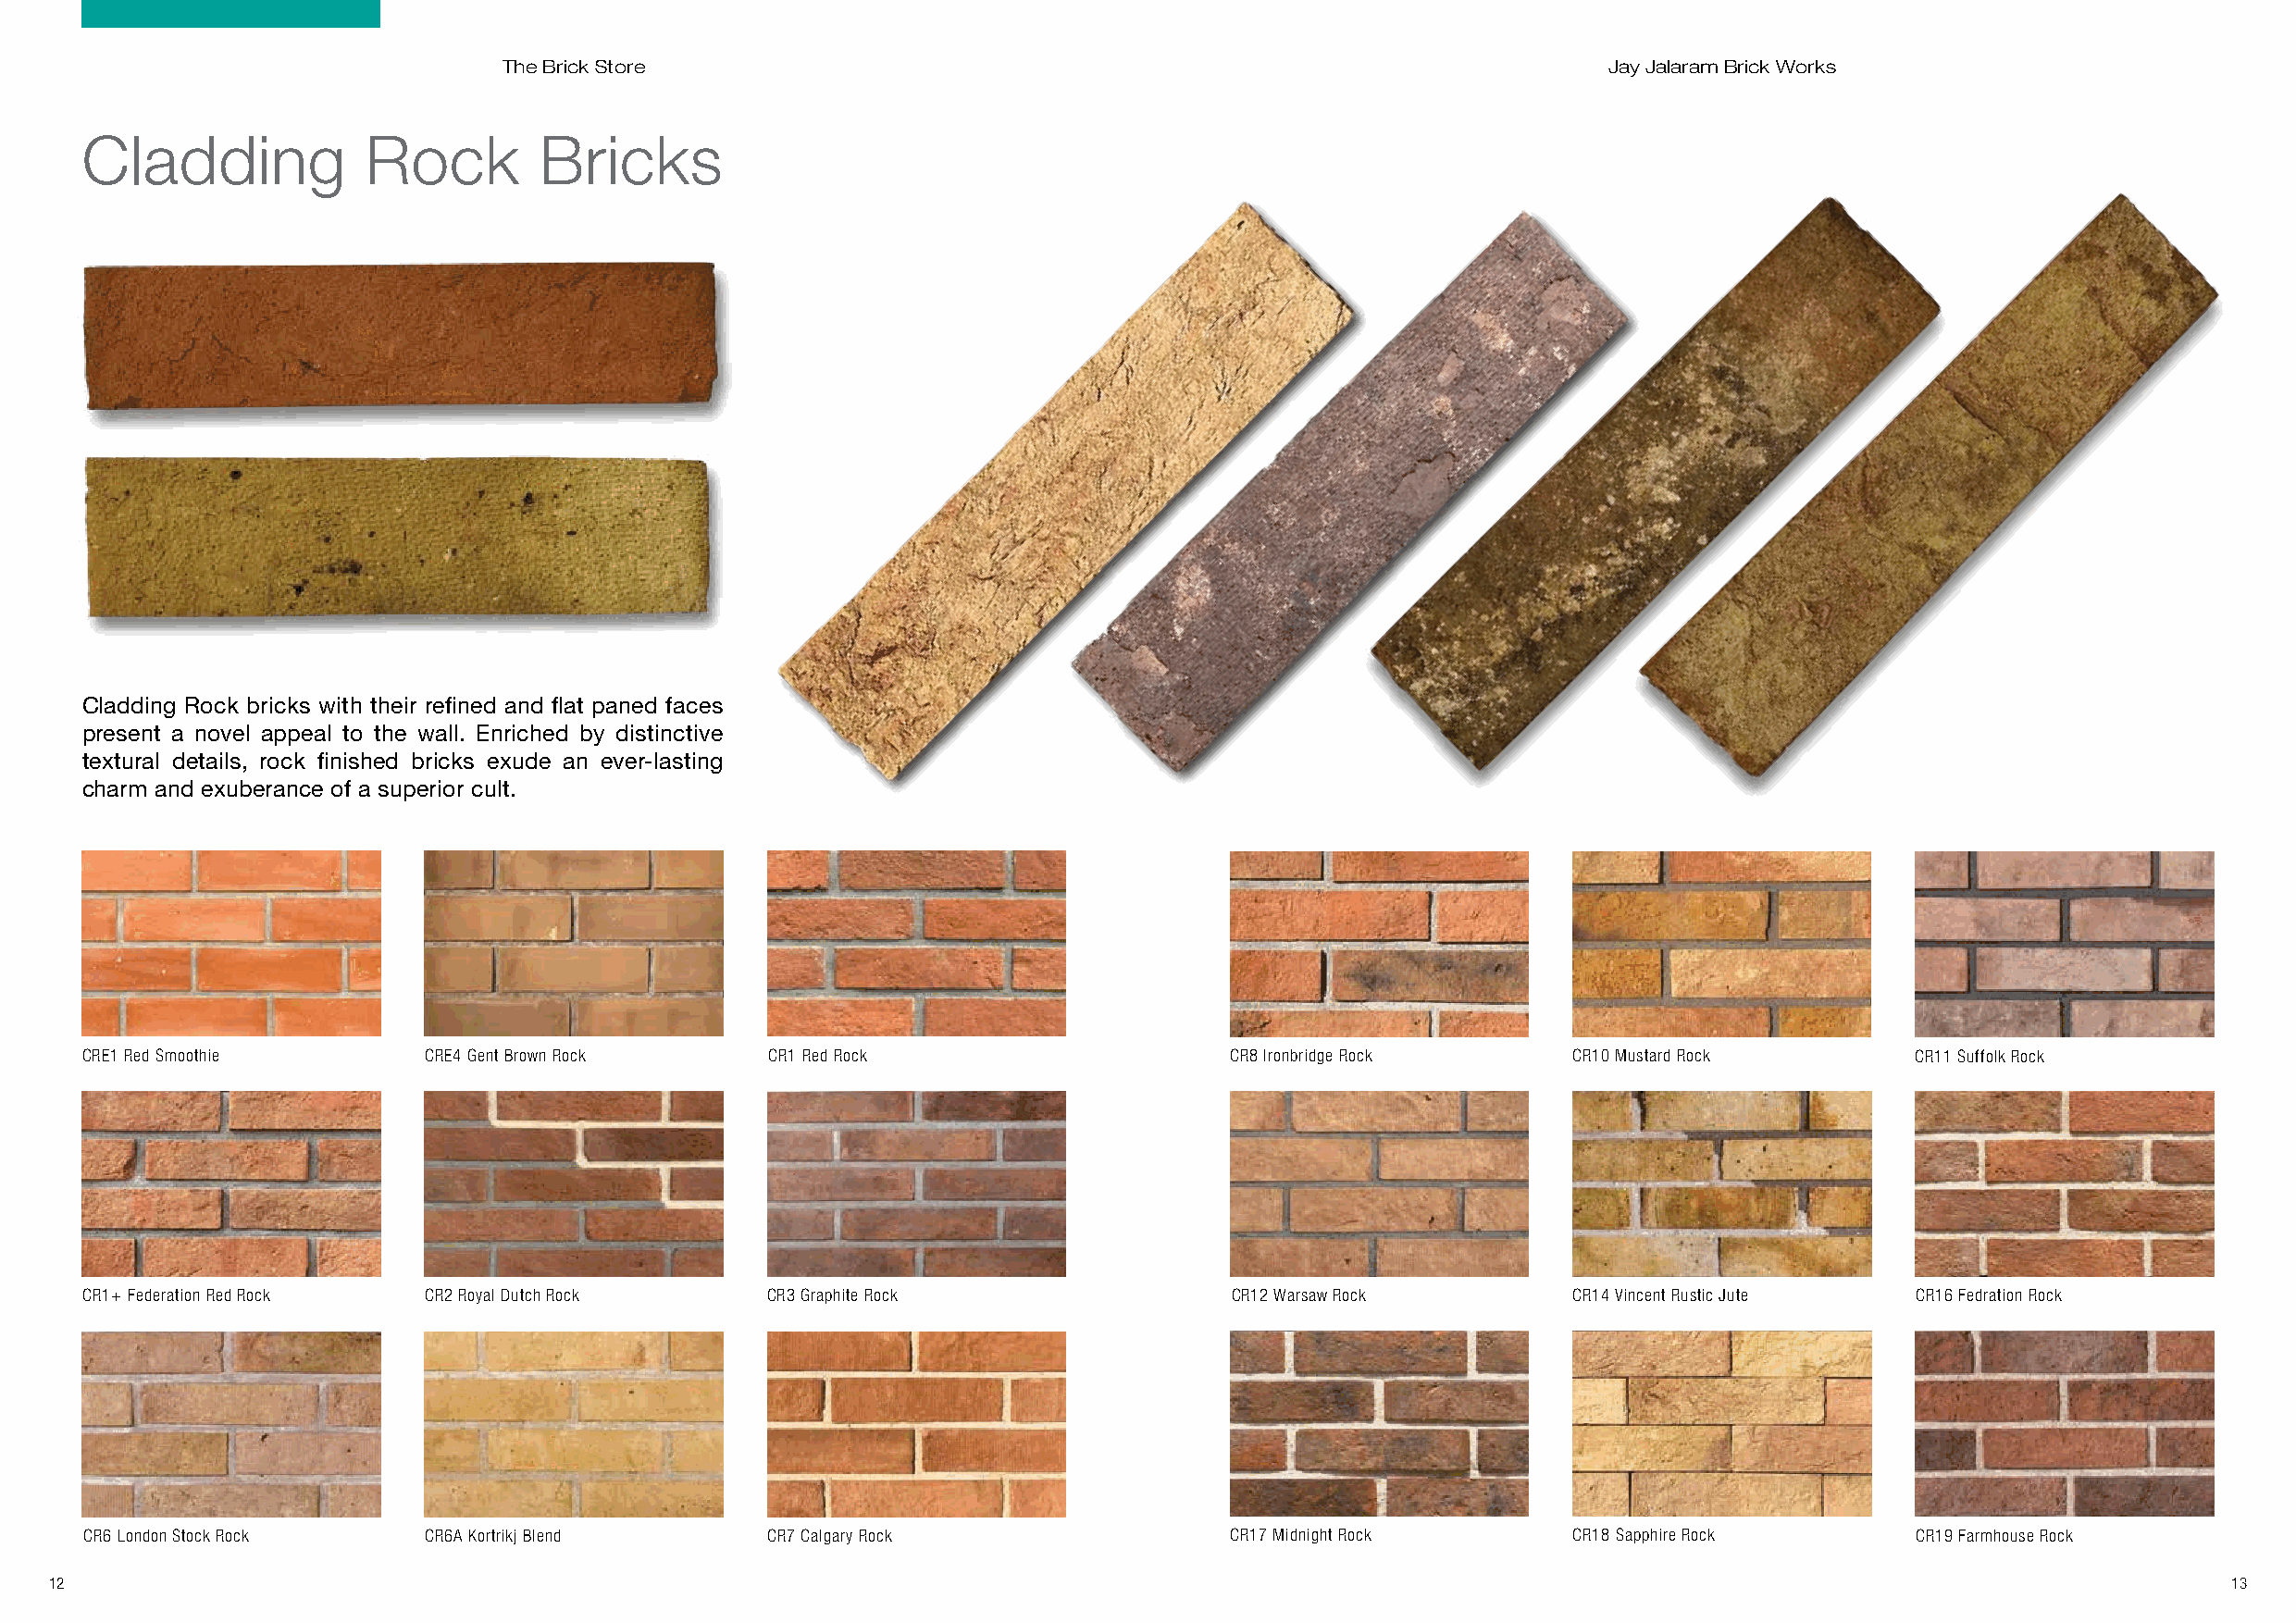
The Brick Store                                                                Jay Jalaram Brick Works
 Cladding            Rock         Bricks
 Cladding Rock bricks with their refined and flat paned faces
 present a novel appeal to the wall. Enriched by distinctive
 textural details, rock finished bricks exude an ever-lasting
 charm and exuberance of a superior cult.
 CRE1 Red Smoothie       CRE4 Gent Brown Rock     CR1 Red Rock                     CR8 Ironbridge Rock     CR10 Mustard Rock        CR11 Suffolk Rock
 CR1+ Federation Red Rock CR2 Royal Dutch Rock    CR3 Graphite Rock                CR12 Warsaw Rock        CR14 Vincent Rustic Jute CR16 Fedration Rock
 CR6 London Stock Rock   CR6A Kortrikj Blend      CR7 Calgary Rock                 CR17 Midnight Rock      CR18 Sapphire Rock       CR19 Farmhouse Rock
 12                                                                                                                                                          13